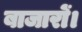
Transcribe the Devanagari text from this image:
बाजारों।